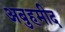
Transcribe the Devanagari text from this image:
अबुहमीद